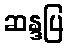
ဆန္ဒပြ